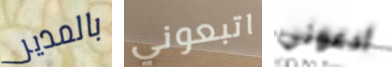
بالمدير اتبعوني ادعوني